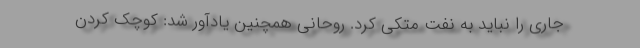
جاری را نباید به نفت متکی کرد. روحانی همچنین یادآور شد: کوچک کردن